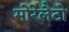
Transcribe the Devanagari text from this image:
मोरेलैटो